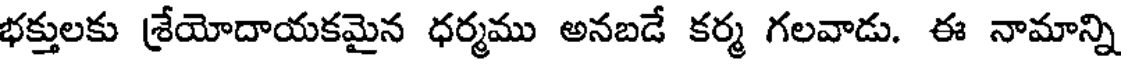
భక్తులకు శ్రేయోదాయకమైన ధర్మము అనబడే కర్మ గలవాడు. ఈ నామాన్ని